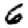
Digit: 6